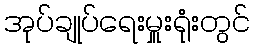
အုပ်ချုပ်ရေးမှူးရုံးတွင်